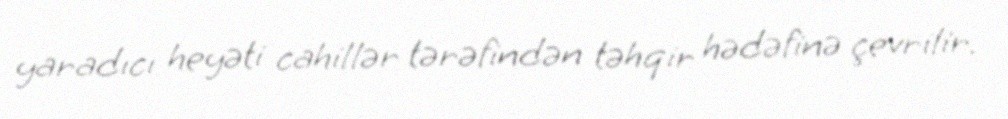
yaradıcı heyəti cahillər tərəfindən təhqir hədəfinə çevrilir.